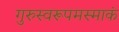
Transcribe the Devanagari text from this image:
गुरुस्वरूपमस्माकं